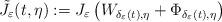
LaTeX: \begin{align*}\tilde{J}_{\varepsilon}(t,\eta):=J_{\varepsilon}\left(W_{\delta_{\varepsilon}(t),\eta}+\Phi_{\delta_{\varepsilon}(t),\eta}\right)\end{align*}